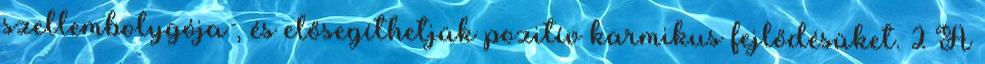
szellembolygója , és elősegíthetjük pozitív karmikus fejlődésüket. 2 A